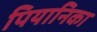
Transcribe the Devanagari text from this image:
पियानिका